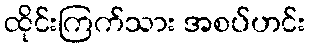
ထိုင်းကြက်သား အစပ်ဟင်း